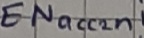
Text: ENacc2n